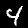
Digit: 4